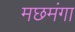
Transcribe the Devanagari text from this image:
मछमंगा